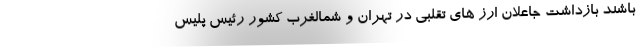
باشند بازداشت جاعلان ارز های تقلبی در تهران و شمالغرب کشور رئیس پلیس